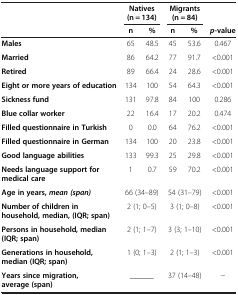
<table><thead><tr><td><b> </b></td><td colspan="2"><b>Natives (n = 134)</b></td><td colspan="2"><b>Migrants (n = 84)</b></td><td><b> </b></td></tr><tr><td><b> </b></td><td><b>n</b></td><td><b>%</b></td><td><b>n</b></td><td><b>%</b></td><td><b><i>p</i>-value</b></td></tr></thead><tbody><tr><td><b>Males</b></td><td>65</td><td>48.5</td><td>45</td><td>53.6</td><td>0.467</td></tr><tr><td><b>Married</b></td><td>86</td><td>64.2</td><td>77</td><td>91.7</td><td>&lt;0.001</td></tr><tr><td><b>Retired</b></td><td>89</td><td>66.4</td><td>24</td><td>28.6</td><td>&lt;0.001</td></tr><tr><td><b>Eight or more years of education</b></td><td>134</td><td>100</td><td>54</td><td>64.3</td><td>&lt;0.001</td></tr><tr><td><b>Sickness fund</b></td><td>131</td><td>97.8</td><td>84</td><td>100</td><td>0.286</td></tr><tr><td><b>Blue collar worker</b></td><td>22</td><td>16.4</td><td>17</td><td>20.2</td><td>0.474</td></tr><tr><td><b>Filled questionnaire in Turkish</b></td><td>0</td><td>0.0</td><td>64</td><td>76.2</td><td>&lt;0.001</td></tr><tr><td><b>Filled questionnaire in German</b></td><td>134</td><td>100</td><td>20</td><td>23.8</td><td>&lt;0.001</td></tr><tr><td><b>Good language abilities</b></td><td>133</td><td>99.3</td><td>25</td><td>29.8</td><td>&lt;0.001</td></tr><tr><td><b>Needs language support for medical care</b></td><td>1</td><td>0.7</td><td>59</td><td>70.2</td><td>&lt;0.001</td></tr><tr><td><b>Age in years, </b><b><i>mean (span)</i></b></td><td colspan="2">66 (34–89)</td><td colspan="2">54 (31–79)</td><td>&lt;0.001</td></tr><tr><td><b>Number of children in household, median, (IQR; span)</b></td><td colspan="2">2 (1; 0–5)</td><td colspan="2">3 (1; 0–8)</td><td>&lt;0.001</td></tr><tr><td><b>Persons in household, median (IQR; span)</b></td><td colspan="2">2 (1; 1–7)</td><td colspan="2">3 (3; 1–10)</td><td>&lt;0.001</td></tr><tr><td><b>Generations in household, median (IQR; span)</b></td><td colspan="2">1 (0; 1–3)</td><td colspan="2">2 (1; 1–3)</td><td>&lt;0.001</td></tr><tr><td><b>Years since migration, average (span)</b></td><td colspan="2">______</td><td colspan="2">37 (14–48)</td><td>--</td></tr></tbody></table>